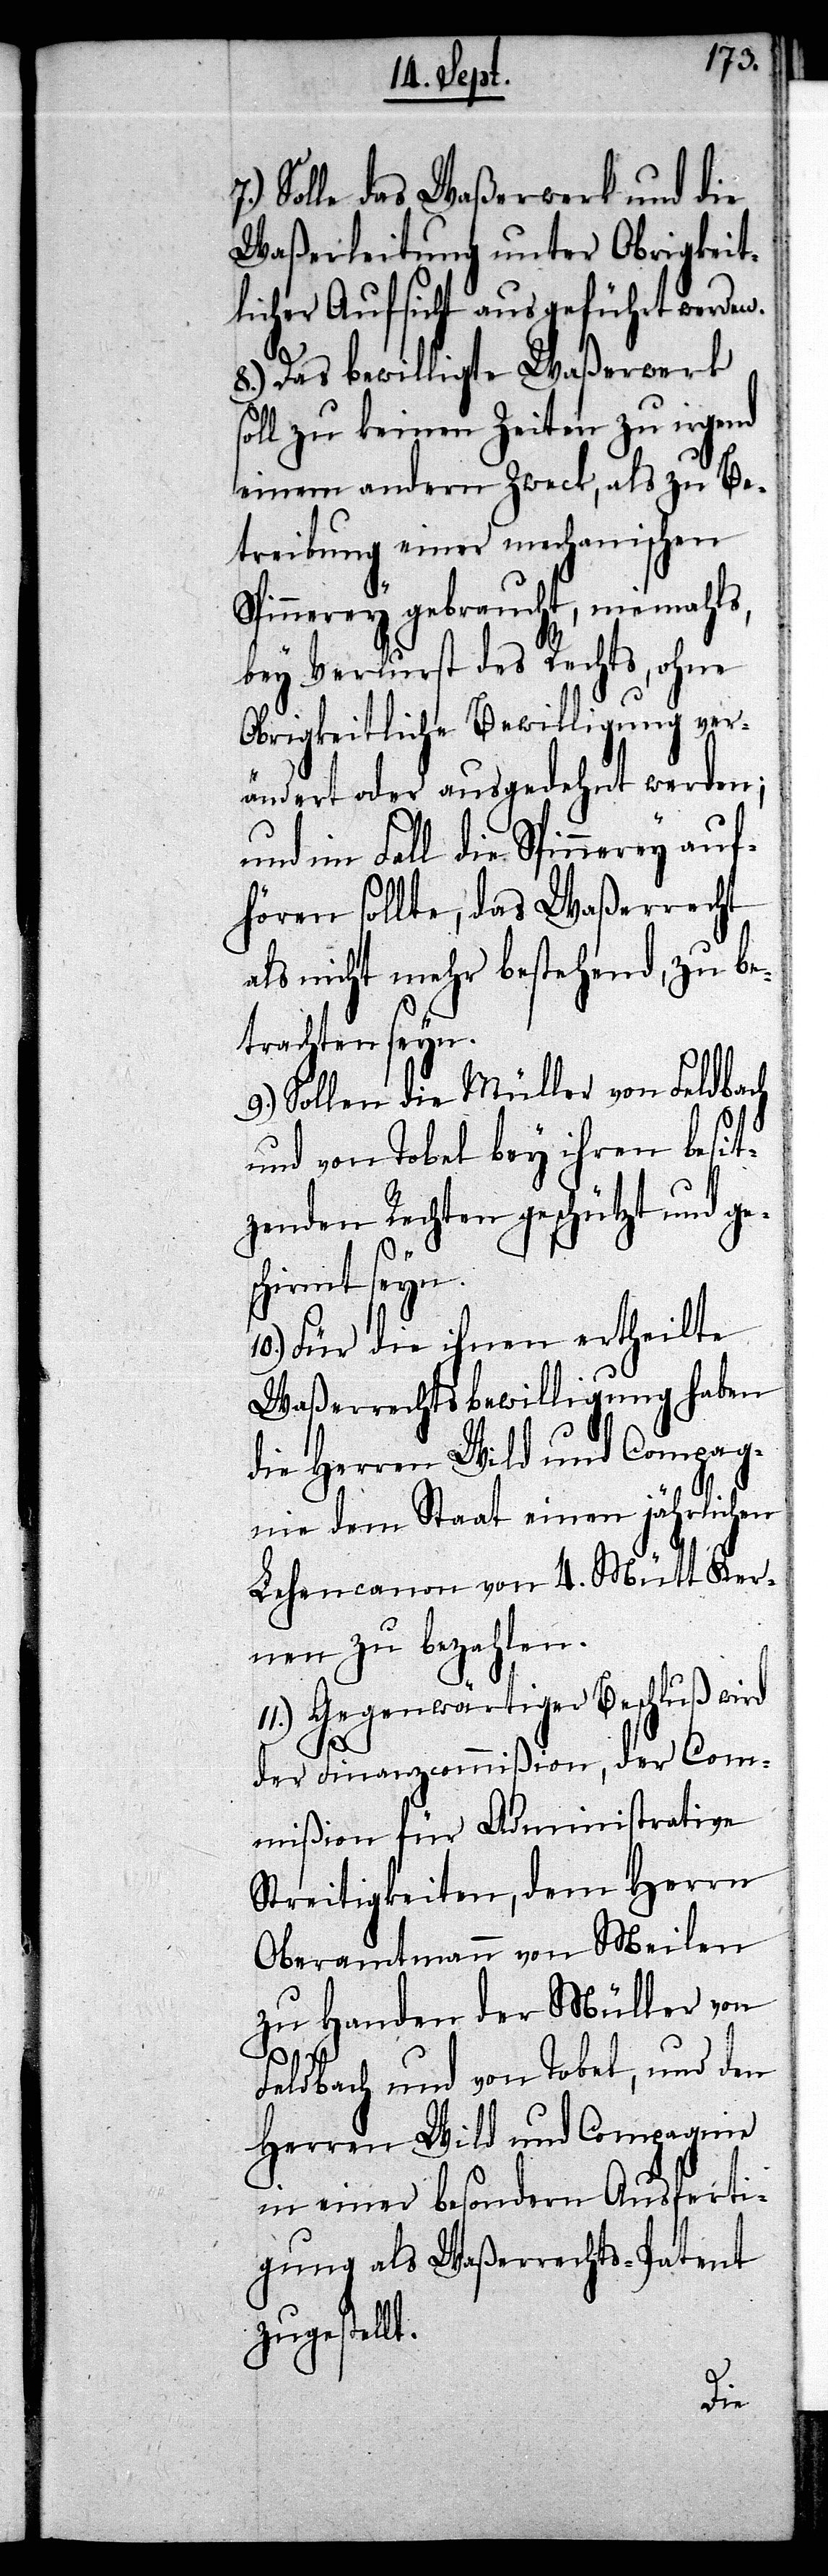
Solle das Waßerwerk und die
Waßerleitung unter Obrigkeit¬
licher Aufsicht ausgeführt werden.
8.) Das bewilligte Waßerwerk
soll zu keinen Zeiten zu irgend
einem andern Zweck, als zu Be¬
treibung einer mechanischen
Spinnerey gebraucht, niemahls,
bey Verlurst des Rechts, ohne
Obrigkeitliche Bewilligung ver¬
ändert oder ausgedehnt werden;
und im Fall die Spinnerey auf¬
hören sollte, das Waßerrecht
als nicht mehr bestehend, zu be¬
trachten seyn.
Sollen die Müller von Feldbach
und von Tobel bey ihren besit¬
zenden Rechten geschützt und ge¬
s¬
chirmt seyn.
10.) Für die ihnen ertheilte
Waßerrechtsbewilligung haben
die Herren Wild und Compag¬
nie dem Staat einen jährlichen
Lehencanon von 4. Mütt Ker¬
nen zu bezahlen.
11.) Gegenwärtiger Beschluß wird
7.)
der Finanzcommißion, der Com¬
mißion für Administrative
Streitigkeiten, dem Herrn
Oberamtmann von Meilen
zu Handen der Müller von
Feldbach und von Tobel, und den
Herren Wild und Compagnie
in einer besondern Ausferti¬
gung als Waßerrechts-Patent
zugestellt.